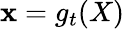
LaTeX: \mathbf{x}=g_{t}(X)